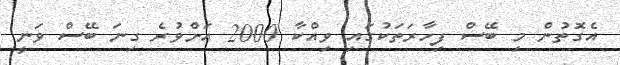
އެގޮތުން މި ބޭސް ފިހާރަތަކުގައި ވިއްކާ 2000 އަށްވުރެ ގިނަ ބޭސް ވަނީ